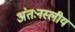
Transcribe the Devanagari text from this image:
अंतःनस्लीय